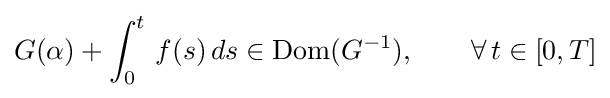
G(\alpha )+\int _{0}^{t}\,f(s)\,ds\in \operatorname {Dom} (G^{-1}),\qquad \forall \,t\in [0,T]